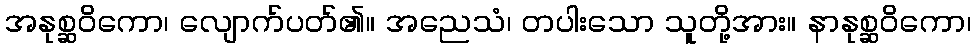
အနုစ္ဆဝိကော၊ လျောက်ပတ်၏။ အညေသံ၊ တပါးသော သူတို့အား။ နာနုစ္ဆဝိကော၊